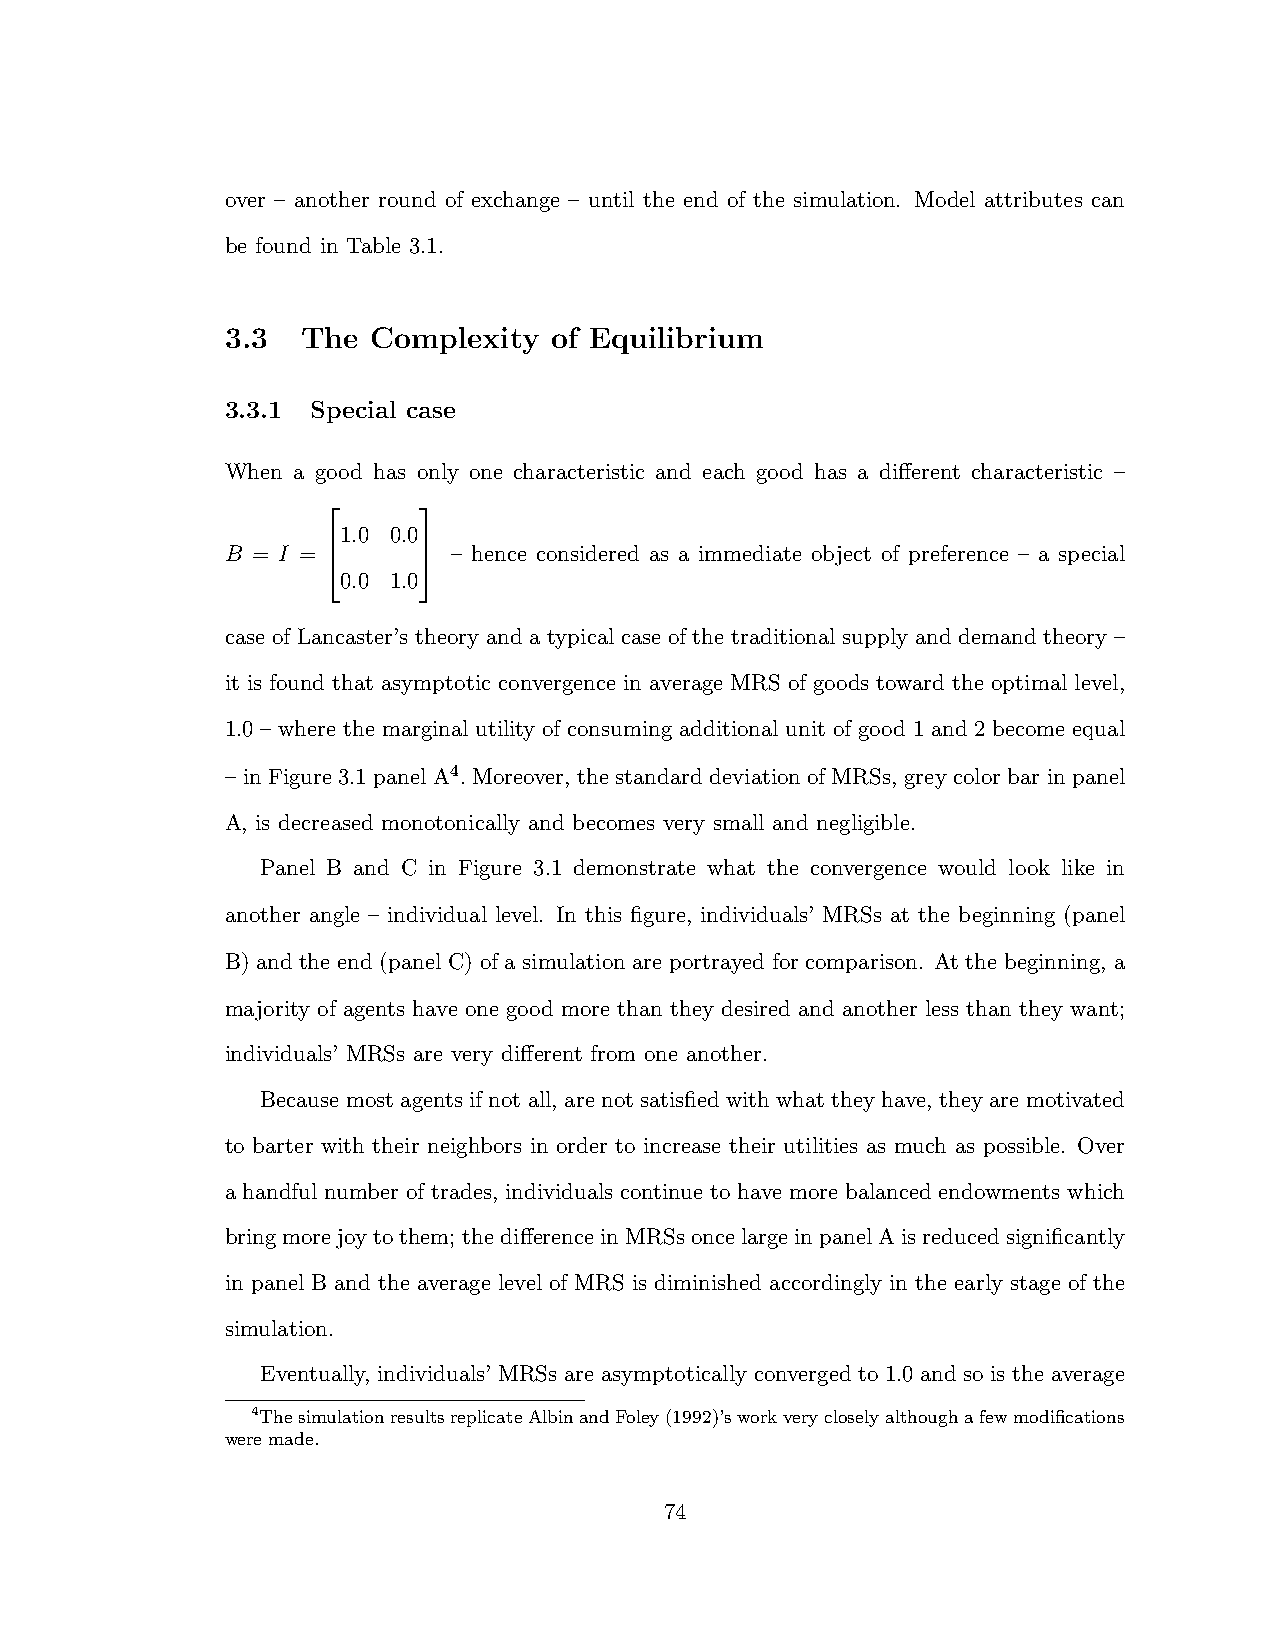
over – another round of exchange – until the end of the simulation. Model attributes can
 be found in Table 3.1.
 3.3  The  Complexity of Equilibrium
 3.3.1 Special case
 When a good has only one characteristic and each good has a di↵erent characteristic –
 1.0 0.0
 B = I =        – hence considered as a immediate object of preference – a special
 2     3
 0.0 1.0
 6     7
 4     5
 case of Lancaster’s theory and a typical case of the traditional supply and demand theory –
 it is found that asymptotic convergence in average MRS of goods toward the optimal level,
 1.0 – where the marginal utility of consuming additional unit of good 1 and 2 become equal
 – in Figure 3.1 panel A4. Moreover, the standard deviation of MRSs, grey color bar in panel
 A, is decreased monotonically and becomes very small and negligible.
 Panel B and C in Figure 3.1 demonstrate what the convergence would look like in
 another angle – individual level. In this figure, individuals’ MRSs at the beginning (panel
 B) and the end (panel C) of a simulation are portrayed for comparison. At the beginning, a
 majority of agents have one good more than they desired and another less than they want;
 individuals’ MRSs are very di↵erent from one another.
 Because mostagents ifnotall, are notsatisfiedwith whattheyhave, theyare motivated
 to barter with their neighbors in order to increase their utilities as much as possible. Over
 a handful number of trades, individuals continue to have more balanced endowments which
 bringmorejoytothem; thedi↵erenceinMRSsoncelargeinpanelAisreducedsignificantly
 in panel B and the average level of MRS is diminished accordingly in the early stage of the
 simulation.
 Eventually, individuals’ MRSs are asymptotically converged to 1.0 and so is the average
 4ThesimulationresultsreplicateAlbinandFoley(1992)’sworkverycloselyalthoughafewmodifications
 were made.
 74